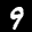
Label: 9